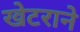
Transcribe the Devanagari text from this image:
खेटराने